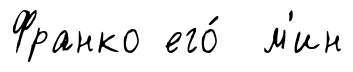
Франко его́ м'ин